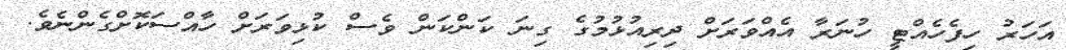
އަހަރު ހިފެހެއްޓީ ހުނަރާ އެއްވަރަށް ދިރިއުޅުމުގެ ގިނަ ކަންކަން ވެސް ކުޅިވަރަށް ހާއްސަކޮށްގެންނެވެ.